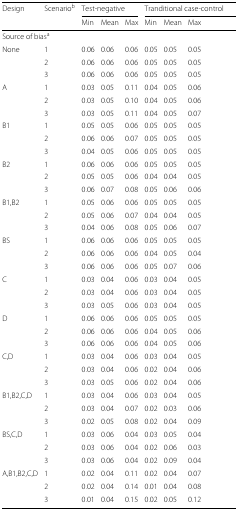
<table><thead><tr><td><b>Design</b></td><td><b>Scenario<sup>b</sup></b></td><td colspan="3"><b>Test-negative</b></td><td colspan="3"><b>Tranditional case-control</b></td></tr><tr><td></td><td></td><td><b>Min</b></td><td><b>Mean</b></td><td><b>Max</b></td><td><b>Min</b></td><td><b>Mean</b></td><td><b>Max</b></td></tr></thead><tbody><tr><td colspan="8">Source of bias<sup>a</sup></td></tr><tr><td>None</td><td>1</td><td>0.06</td><td>0.06</td><td>0.06</td><td>0.05</td><td>0.05</td><td>0.05</td></tr><tr><td></td><td>2</td><td>0.06</td><td>0.06</td><td>0.06</td><td>0.05</td><td>0.05</td><td>0.05</td></tr><tr><td></td><td>3</td><td>0.06</td><td>0.06</td><td>0.06</td><td>0.05</td><td>0.05</td><td>0.05</td></tr><tr><td>A</td><td>1</td><td>0.03</td><td>0.05</td><td>0.11</td><td>0.04</td><td>0.05</td><td>0.06</td></tr><tr><td></td><td>2</td><td>0.03</td><td>0.05</td><td>0.10</td><td>0.04</td><td>0.05</td><td>0.06</td></tr><tr><td></td><td>3</td><td>0.03</td><td>0.05</td><td>0.11</td><td>0.04</td><td>0.05</td><td>0.07</td></tr><tr><td>B1</td><td>1</td><td>0.05</td><td>0.05</td><td>0.06</td><td>0.05</td><td>0.05</td><td>0.05</td></tr><tr><td></td><td>2</td><td>0.06</td><td>0.06</td><td>0.07</td><td>0.05</td><td>0.05</td><td>0.05</td></tr><tr><td></td><td>3</td><td>0.04</td><td>0.05</td><td>0.06</td><td>0.05</td><td>0.05</td><td>0.05</td></tr><tr><td>B2</td><td>1</td><td>0.06</td><td>0.06</td><td>0.06</td><td>0.05</td><td>0.05</td><td>0.05</td></tr><tr><td></td><td>2</td><td>0.05</td><td>0.05</td><td>0.06</td><td>0.04</td><td>0.04</td><td>0.05</td></tr><tr><td></td><td>3</td><td>0.06</td><td>0.07</td><td>0.08</td><td>0.05</td><td>0.06</td><td>0.06</td></tr><tr><td>B1,B2</td><td>1</td><td>0.05</td><td>0.06</td><td>0.06</td><td>0.05</td><td>0.05</td><td>0.05</td></tr><tr><td></td><td>2</td><td>0.05</td><td>0.06</td><td>0.07</td><td>0.04</td><td>0.04</td><td>0.05</td></tr><tr><td></td><td>3</td><td>0.04</td><td>0.06</td><td>0.08</td><td>0.05</td><td>0.06</td><td>0.07</td></tr><tr><td>BS</td><td>1</td><td>0.06</td><td>0.06</td><td>0.06</td><td>0.05</td><td>0.05</td><td>0.05</td></tr><tr><td></td><td>2</td><td>0.06</td><td>0.06</td><td>0.06</td><td>0.04</td><td>0.05</td><td>0.04</td></tr><tr><td></td><td>3</td><td>0.06</td><td>0.06</td><td>0.06</td><td>0.05</td><td>0.07</td><td>0.06</td></tr><tr><td>C</td><td>1</td><td>0.03</td><td>0.04</td><td>0.06</td><td>0.03</td><td>0.04</td><td>0.05</td></tr><tr><td></td><td>2</td><td>0.03</td><td>0.04</td><td>0.06</td><td>0.03</td><td>0.04</td><td>0.05</td></tr><tr><td></td><td>3</td><td>0.03</td><td>0.05</td><td>0.06</td><td>0.03</td><td>0.04</td><td>0.05</td></tr><tr><td>D</td><td>1</td><td>0.06</td><td>0.06</td><td>0.06</td><td>0.05</td><td>0.05</td><td>0.05</td></tr><tr><td></td><td>2</td><td>0.06</td><td>0.06</td><td>0.06</td><td>0.04</td><td>0.05</td><td>0.06</td></tr><tr><td></td><td>3</td><td>0.06</td><td>0.06</td><td>0.06</td><td>0.04</td><td>0.05</td><td>0.06</td></tr><tr><td>C,D</td><td>1</td><td>0.03</td><td>0.04</td><td>0.06</td><td>0.03</td><td>0.04</td><td>0.05</td></tr><tr><td></td><td>2</td><td>0.03</td><td>0.04</td><td>0.06</td><td>0.02</td><td>0.04</td><td>0.06</td></tr><tr><td></td><td>3</td><td>0.03</td><td>0.05</td><td>0.06</td><td>0.02</td><td>0.04</td><td>0.06</td></tr><tr><td>B1,B2,C,D</td><td>1</td><td>0.03</td><td>0.04</td><td>0.06</td><td>0.03</td><td>0.04</td><td>0.05</td></tr><tr><td></td><td>2</td><td>0.03</td><td>0.04</td><td>0.07</td><td>0.02</td><td>0.03</td><td>0.06</td></tr><tr><td></td><td>3</td><td>0.02</td><td>0.05</td><td>0.08</td><td>0.02</td><td>0.04</td><td>0.09</td></tr><tr><td>BS,C,D</td><td>1</td><td>0.03</td><td>0.06</td><td>0.04</td><td>0.03</td><td>0.05</td><td>0.04</td></tr><tr><td></td><td>2</td><td>0.03</td><td>0.06</td><td>0.04</td><td>0.02</td><td>0.06</td><td>0.03</td></tr><tr><td></td><td>3</td><td>0.03</td><td>0.06</td><td>0.04</td><td>0.02</td><td>0.09</td><td>0.04</td></tr><tr><td>A,B1,B2,C,D</td><td>1</td><td>0.02</td><td>0.04</td><td>0.11</td><td>0.02</td><td>0.04</td><td>0.07</td></tr><tr><td></td><td>2</td><td>0.02</td><td>0.04</td><td>0.14</td><td>0.01</td><td>0.04</td><td>0.08</td></tr><tr><td></td><td>3</td><td>0.01</td><td>0.04</td><td>0.15</td><td>0.02</td><td>0.05</td><td>0.12</td></tr></tbody></table>